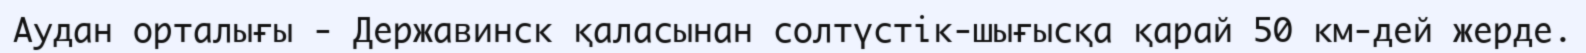
Аудан орталығы - Державинск қаласынан солтүстік-шығысқа қарай 50 км-дей жерде.